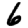
Digit: 6